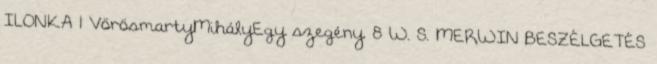
ILONKA 1 VörösmartyMihályEgy szegény. 8 W. S. MERWIN BESZÉLGETÉS